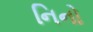
નિનો